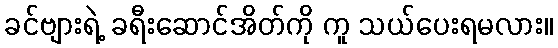
ခင်ဗျားရဲ့ ခရီးဆောင်အိတ်ကို ကူ သယ်ပေးရမလား။